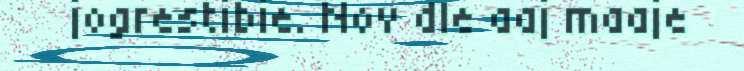
jogrestibie. Nov dle aaj maaje